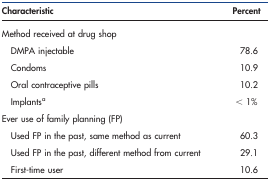
| Characteristic | Percent |
 | --- | --- |
 | Method received at drug shop |  |
 | DMPA injectable | 78.6 |
 | Condoms | 10.9 |
 | Oral contraceptive pills | 10.2 |
 | Implantsa | < 1% |
 | Ever use of family planning (FP) |  |
 | Used FP in the past, same method as current | 60.3 |
 | Used FP in the past, different method from current | 29.1 |
 | First-time user | 10.6 |